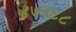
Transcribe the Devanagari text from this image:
४७२८८